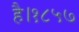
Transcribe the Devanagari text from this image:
है।१८५७